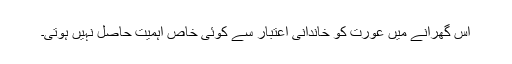
اس گھرانے میں عورت کو خاندانی اعتبار سے کوئی خاص اہمیت حاصل نہیں ہوتی۔